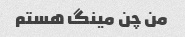
من چن مینگ هستم